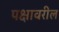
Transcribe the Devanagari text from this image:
पक्षावरील